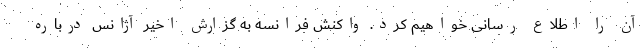
آن را اطلاع رسانی خواهیم کرد. واکنش فرانسه به گزارش اخیر آژانس درباره